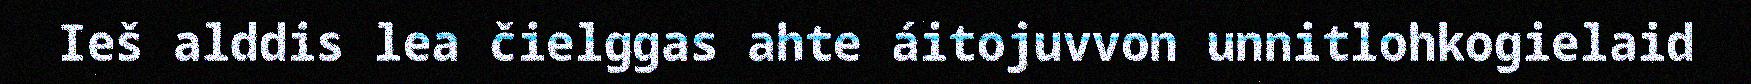
Ieš alddis lea čielggas ahte áitojuvvon unnitlohkogielaid